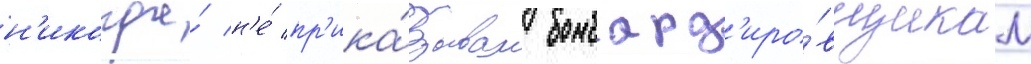
н'икогда́ н'е́ пр'ика́зывал бомбард'иро́вщикам